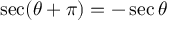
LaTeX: \sec ( \theta + \pi ) = - \sec \theta